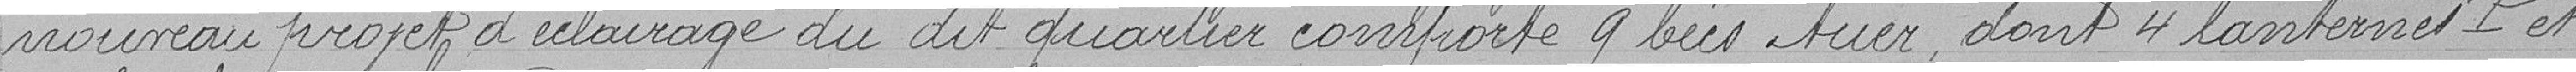
nouveau projet d'éclairage du dit quartier comporte 9 becs Auer dont 4 lanternes P et